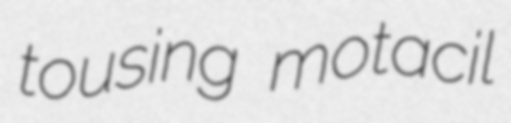
tousing motacil